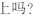
上吗？